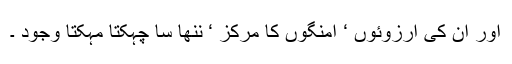
اور ان کی آرزوئوں ‘ امنگوں کا مرکز ‘ ننھا سا چہکتا مہکتا وجود ۔